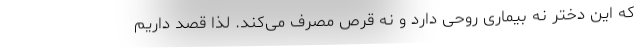
که این دختر نه بیماری روحی دارد و نه قرص مصرف می‌کند. لذا قصد داریم